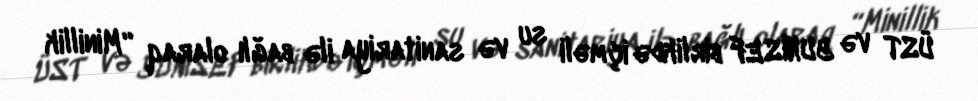
ÜST və YUNİSEF birlikdə içməli su və sanitariya ilə bağlı olaraq “Minillik